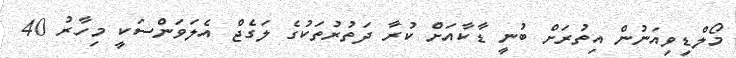
މޯލްޑިވިއަނުން އިތުރަށް ބުނީ ޑާކާއަށް ކުރާ ދަތުރުތަކުގެ ލަގެޖް އެލަވަންސަކީ މިހާރު 40